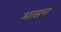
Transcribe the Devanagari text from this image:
भासन